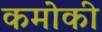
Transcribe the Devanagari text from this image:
कमोकी